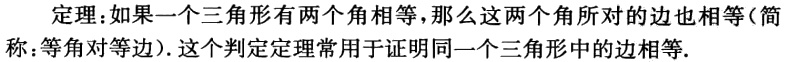
定理：如果一个三角形有两个角相等，那么这两个角所对的边也相等（简称：等角对等边）. 这个判定定理常用于证明同一个三角形中的边相等.